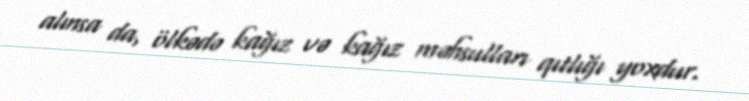
alınsa da, ölkədə kağız və kağız məhsulları qıtlığı yoxdur.